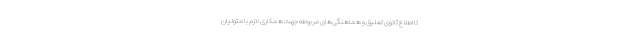
تا اطلاع ثانوی تعلیق و هماهنگی‌های مربوطه جهت همکاری لازم با متولیان